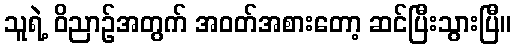
သူရဲ့ ဝိညာဉ်အတွက် အဝတ်အစားတော့ ဆင်ပြီးသွားပြီ။